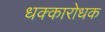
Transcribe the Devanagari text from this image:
धक्कारोधक